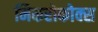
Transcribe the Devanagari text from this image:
मिकरोकोक्स